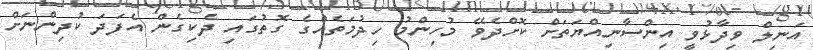
އަނިލް ވިދާޅުވީ އިންސާނިއްޔަތަށް ކޮށްދެވޭ މުހިންމު ހިދުމަތެއްގެ ގޮތުގައި ދެކިގެން އެފަދަ ކުދިންނަށް